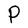
Character: P